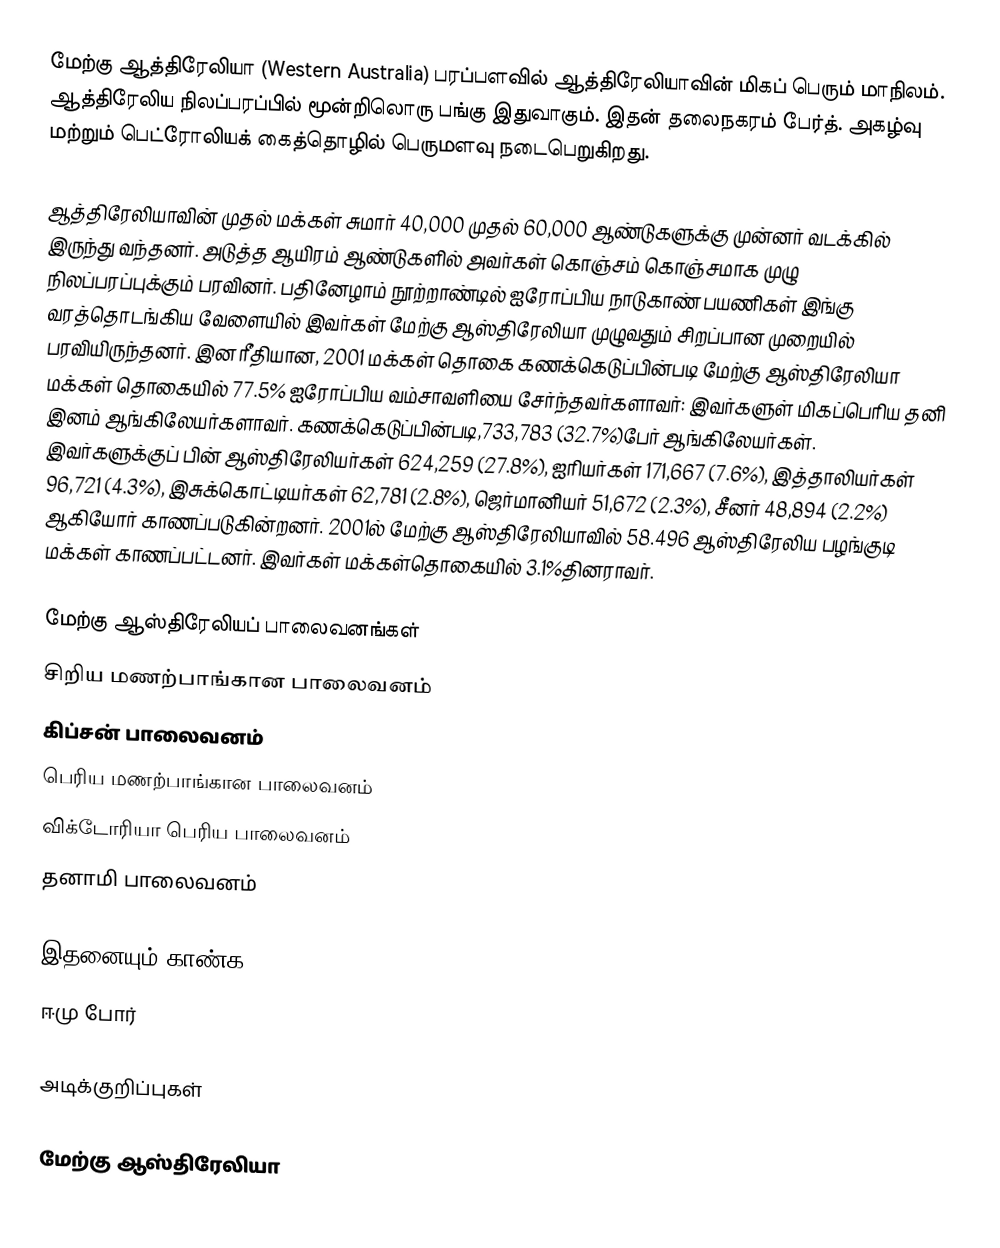
மேற்கு ஆத்திரேலியா (Western Australia) பரப்பளவில் ஆத்திரேலியாவின் மிகப் பெரும் மாநிலம். ஆத்திரேலிய நிலப்பரப்பில் மூன்றிலொரு பங்கு இதுவாகும். இதன் தலைநகரம் பேர்த். அகழ்வு மற்றும் பெட்ரோலியக் கைத்தொழில் பெருமளவு நடைபெறுகிறது.

ஆத்திரேலியாவின் முதல் மக்கள் சுமார் 40,000 முதல் 60,000 ஆண்டுகளுக்கு முன்னர் வடக்கில் இருந்து வந்தனர். அடுத்த ஆயிரம் ஆண்டுகளில் அவர்கள் கொஞ்சம் கொஞ்சமாக முழு நிலப்பரப்புக்கும் பரவினர். பதினேழாம் நூற்றாண்டில் ஐரோப்பிய நாடுகாண் பயணிகள் இங்கு வரத்தொடங்கிய வேளையில் இவர்கள் மேற்கு ஆஸ்திரேலியா முழுவதும் சிறப்பான முறையில் பரவியிருந்தனர். இன ரீதியான, 2001 மக்கள் தொகை கணக்கெடுப்பின்படி மேற்கு ஆஸ்திரேலியா மக்கள் தொகையில் 77.5% ஐரோப்பிய வம்சாவளியை சேர்ந்தவர்களாவர்: இவர்களுள் மிகப்பெரிய தனி இனம் ஆங்கிலேயர்களாவர். கணக்கெடுப்பின்படி,733,783 (32.7%)பேர் ஆங்கிலேயர்கள். இவர்களுக்குப் பின் ஆஸ்திரேலியர்கள் 624,259 (27.8%), ஐரியர்கள் 171,667 (7.6%), இத்தாலியர்கள் 96,721 (4.3%), இசுக்கொட்டியர்கள் 62,781 (2.8%), ஜெர்மானியர் 51,672 (2.3%), சீனர் 48,894 (2.2%) ஆகியோர் காணப்படுகின்றனர். 2001ல் மேற்கு ஆஸ்திரேலியாவில் 58.496 ஆஸ்திரேலிய பழங்குடி மக்கள் காணப்பட்டனர். இவர்கள் மக்கள்தொகையில் 3.1%தினராவர்.

மேற்கு ஆஸ்திரேலியப் பாலைவனங்கள்
சிறிய மணற்பாங்கான பாலைவனம்
கிப்சன் பாலைவனம்
பெரிய மணற்பாங்கான பாலைவனம்
விக்டோரியா பெரிய பாலைவனம்
தனாமி பாலைவனம்

இதனையும் காண்க
 ஈமு போர்

அடிக்குறிப்புகள்

மேற்கு ஆஸ்திரேலியா